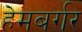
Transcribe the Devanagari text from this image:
हेमबर्गर